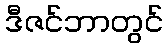
ဒီဇင်ဘာတွင်